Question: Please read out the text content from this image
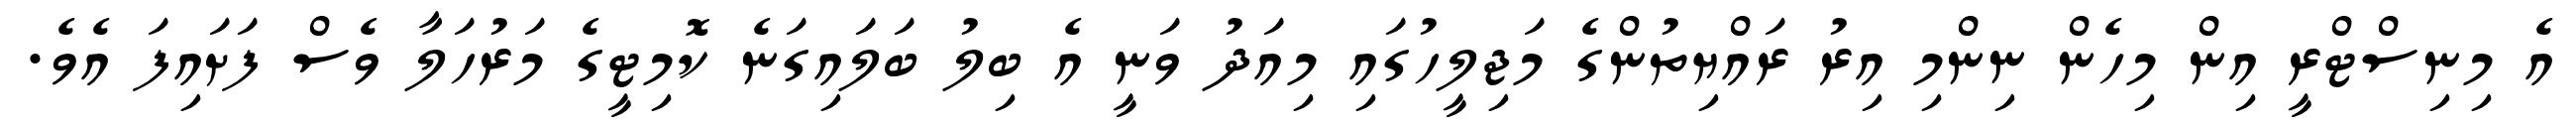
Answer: އެ މިނިސްޓްރީ އިން މިހެން ނިންމި އިރު ރައްޔިތުންގެ މަޖިލީހުގައި މިއަދު ވަނީ އެ ބިލު ބަލައިގަނެ ކޮމިޓީގެ މަރުހަލާ ވެސް ފަށައިފަ އެވެ.